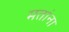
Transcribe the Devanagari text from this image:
मतांना